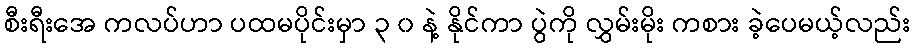
စီးရီးအေ ကလပ်ဟာ ပထမပိုင်းမှာ ၃ ၀ နဲ့ နိုင်ကာ ပွဲကို လွှမ်းမိုး ကစား ခဲ့ပေမယ့်လည်း